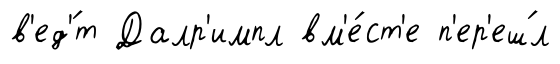
в'ед'́т Далр'импл вм'е́ст'е п'ер'еш́л